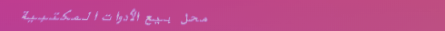
محل بيع الأدوات المكتبية